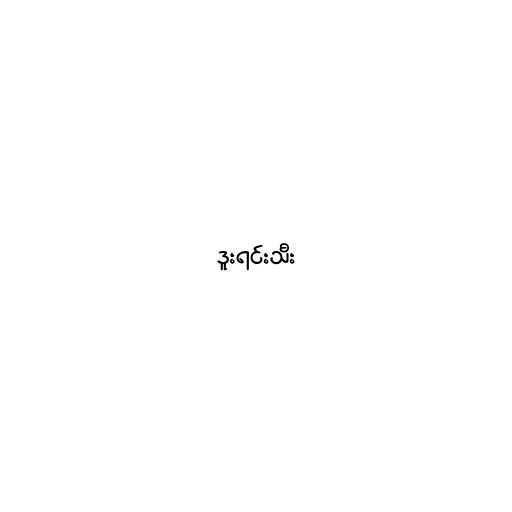
ဒူးရင်းသီး